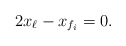
\begin{align*} 2x_{\ell} - x_{f_i} &= 0. \end{align*}